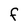
Character: F